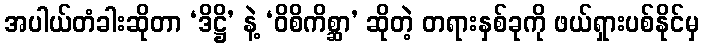
အပါယ်တံခါးဆိုတာ ‘ဒိဋ္ဌိ’ နဲ့ ‘ဝိစိကိစ္ဆာ’ ဆိုတဲ့ တရားနှစ်ခုကို ဖယ်ရှားပစ်နိုင်မှ